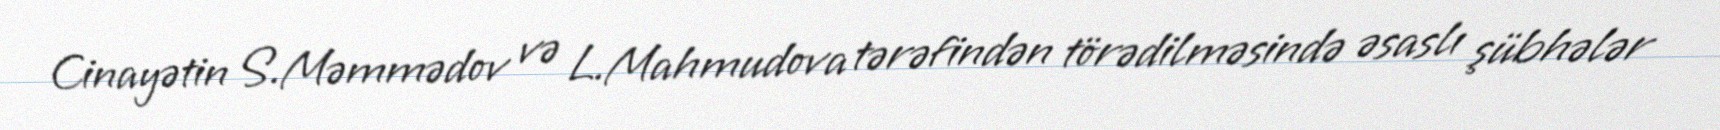
Cinayətin S.Məmmədov və L.Mahmudova tərəfindən törədilməsində əsaslı şübhələr